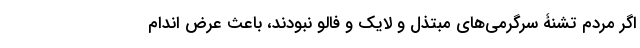
اگر مردم تشنۀ سرگرمی‌های مبتذل و لایک و فالو نبودند، باعث عرض اندام